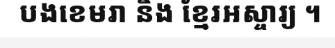
បងខេមរា និង ខ្មែរអស្ចារ្យ ។